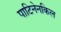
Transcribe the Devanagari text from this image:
पाटिनेनकिल